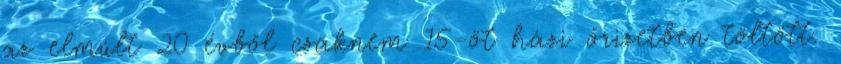
az elmúlt 20 évből csaknem 15-öt házi őrizetben töltött.